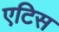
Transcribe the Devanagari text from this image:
एटिस